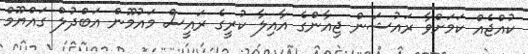
ކުއްޖެއް ކަމަށްވާ ރައުޝަން ޖިއާންގެ އާއިލާ ކުރީގެ ރައީސް މައުމޫން އަބްދުލް ގައްޔޫމް